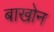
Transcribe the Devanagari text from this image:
बाखोन